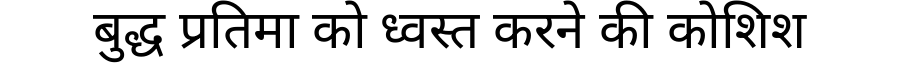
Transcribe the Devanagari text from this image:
बुद्ध प्रतिमा को ध्वस्त करने की कोशिश